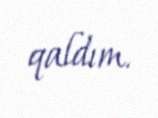
qaldım.